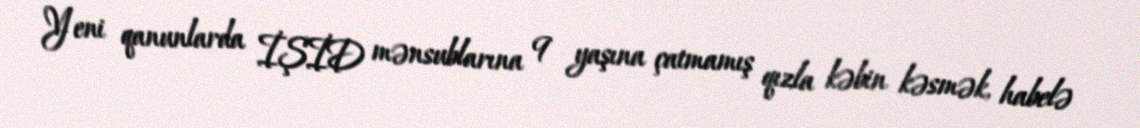
Yeni qanunlarda İŞİD mənsublarına 9 yaşına çatmamış qızla kəbin kəsmək, habelə